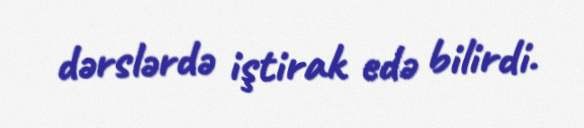
dərslərdə iştirak edə bilirdi.